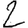
Digit: 2